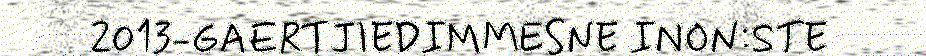
2013-GAERTJIEDIMMESNE INON:STE